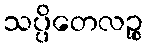
သပ္ပိတေလဉ္စ